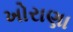
ખોરાણા